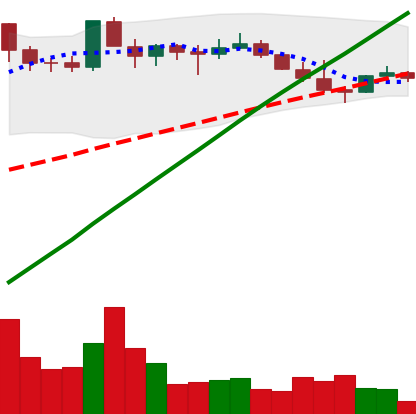
Ticker: DOGE-USD
Chart end date: 2021-03-28
Forward return: 7.386%
Label: up_7plus